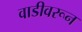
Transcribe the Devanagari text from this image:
वाडीवरून